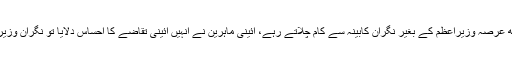
جونیجو صاحب کی برطرفی کے بعد، ضیاءالحق کچھ عرصہ وزیراعظم کے بغیر نگران کابینہ سے کام چلاتے رہے، آئینی ماہرین نے انہیں آئینی تقاضے کا احساس دلایا تو نگران وزیراعظم کے لئے اِن کا انتخاب جتوئی صاحب ہی تھے۔